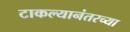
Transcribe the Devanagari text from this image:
टाकल्यानंतरच्या